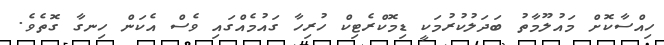
ހިއްސާކޮށް މައުލޫމާތު ބަދަލުކުރުމަކީ ޑިމޮކްރެޓިކް ހުރިހާ ގައުމެއްގައި ވެސް އެކަން ހިނގާ ގޮތެވެ.